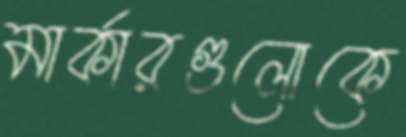
মার্কারগুলোকে